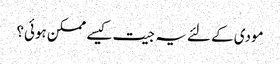
مودی کے لئے یہ جیت کیسے ممکن ہوئی؟